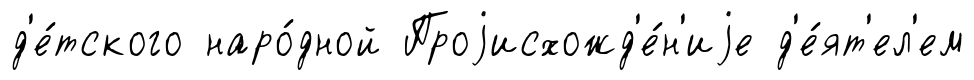
д'е́тского наро́дной Проjисхожд'е́н'иjе д'е́ят'ел'ем